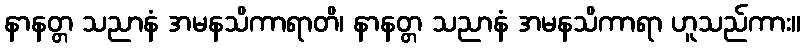
နာနတ္တ သညာနံ အမနသိကာရာတိ၊ နာနတ္တ သညာနံ အမနသိကာရာ ဟူသည်ကား။